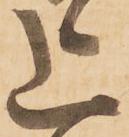
上